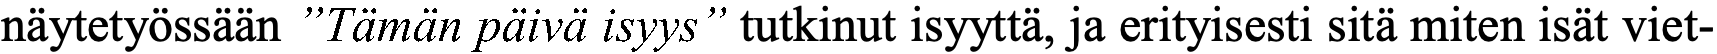
näytetyössään ”Tämän päivä isyys” tutkinut isyyttä, ja erityisesti sitä miten isät viet-